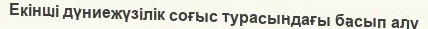
Екінші дүниежүзілік соғыс турасындағы басып алу